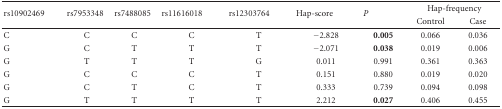
<table><thead><tr><td rowspan="2"><b>rs10902469</b></td><td rowspan="2"><b>rs7953348</b></td><td rowspan="2"><b>rs7488085</b></td><td rowspan="2"><b>rs11616018</b></td><td rowspan="2"><b>rs12303764</b></td><td rowspan="2"><b>Hap-score</b></td><td rowspan="2"><b><i>P</i></b></td><td colspan="2"><b>Hap-frequency</b></td></tr><tr><td><b>Control</b></td><td><b>Case</b></td></tr></thead><tbody><tr><td>C</td><td>C</td><td>C</td><td>C</td><td>T</td><td>−2.828</td><td><b>0.005</b></td><td>0.066</td><td>0.036</td></tr><tr><td>G</td><td>C</td><td>T</td><td>T</td><td>T</td><td>−2.071</td><td><b>0.038</b></td><td>0.019</td><td>0.006</td></tr><tr><td>G</td><td>T</td><td>T</td><td>T</td><td>G</td><td>0.011</td><td>0.991</td><td>0.361</td><td>0.363</td></tr><tr><td>G</td><td>C</td><td>C</td><td>C</td><td>T</td><td>0.151</td><td>0.880</td><td>0.019</td><td>0.020</td></tr><tr><td>G</td><td>C</td><td>T</td><td>C</td><td>T</td><td>0.333</td><td>0.739</td><td>0.094</td><td>0.098</td></tr><tr><td>G</td><td>T</td><td>T</td><td>T</td><td>T</td><td>2.212</td><td><b>0.027</b></td><td>0.406</td><td>0.455</td></tr></tbody></table>